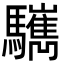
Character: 𩧎